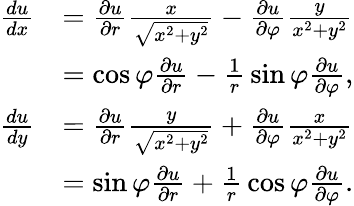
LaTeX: {\begin{array}{rl}{{\frac{du}{dx}}}&{={\frac{\partial u}{\partial r}}{\frac{x}{\sqrt{x^{2}+y^{2}}}}-{\frac{\partial u}{\partial\varphi}}{\frac{y}{x^{2}+y^{2}}}}\\ &{=\cos\varphi{\frac{\partial u}{\partial r}}-{\frac{1}{r}}\sin\varphi{\frac{\partial u}{\partial\varphi}},}\\ {{\frac{du}{dy}}}&{={\frac{\partial u}{\partial r}}{\frac{y}{\sqrt{x^{2}+y^{2}}}}+{\frac{\partial u}{\partial\varphi}}{\frac{x}{x^{2}+y^{2}}}}\\ &{=\sin\varphi{\frac{\partial u}{\partial r}}+{\frac{1}{r}}\cos\varphi{\frac{\partial u}{\partial\varphi}}.}\end{array}}